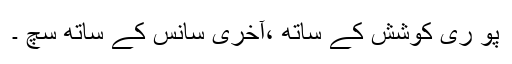
پو ری کوشش کے ساتھ ،آخری سانس کے ساتھ سچ ۔